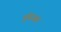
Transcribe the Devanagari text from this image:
इबेअस